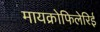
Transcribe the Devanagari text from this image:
मायक्रोफिलेरिई